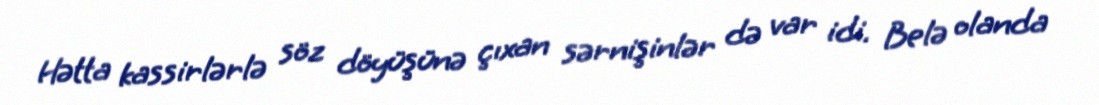
Hətta kassirlərlə söz döyüşünə çıxan sərnişinlər də var idi. Belə olanda